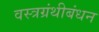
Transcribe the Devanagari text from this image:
वस्त्रग्रंथीबंधन